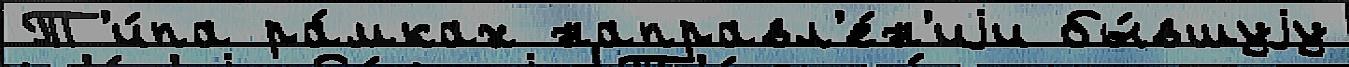
Т'и́па ра́мках направл'е́н'иjи бы́вшуjу